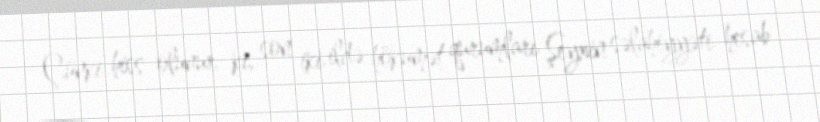
Çünki hiss olunur ki, son iki ildə hökumət qurumları Şeyxin səlahiyyəti hesab